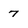
Character: 7